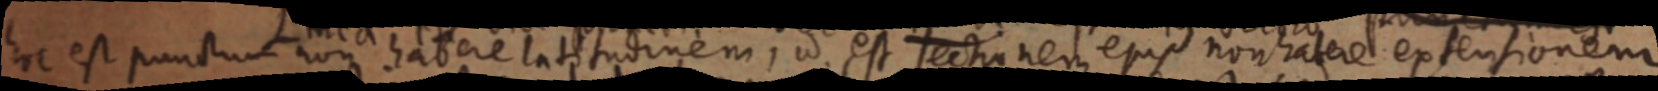
hoc est punctum non haber latitudinem, ad est sectionem ejus non atere extensionem